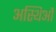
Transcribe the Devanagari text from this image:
अस्थिओं